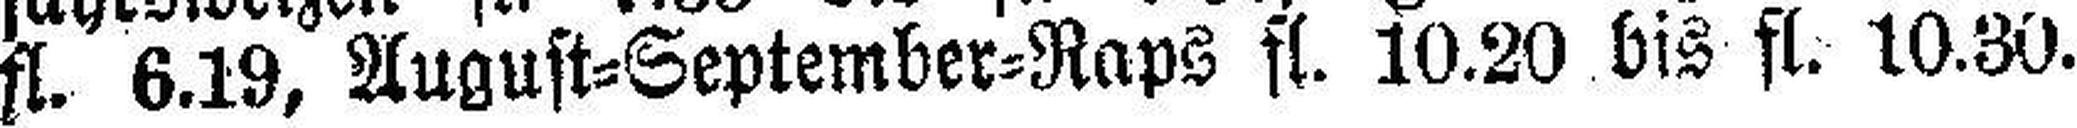
fl. 6.19, August=September=Raps fl. 10.20 bis fl. 10.30.